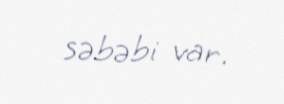
səbəbi var.